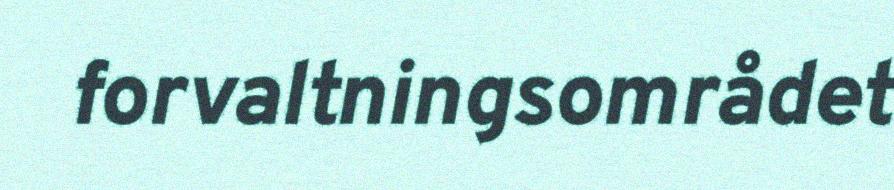
forvaltningsområdet